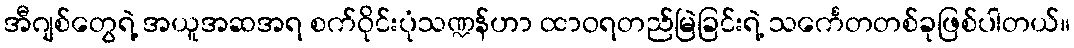
အီဂျစ်တွေရဲ့ အယူအဆအရ စက်ဝိုင်းပုံသဏ္ဍန်ဟာ ထာဝရတည်မြဲခြင်းရဲ့ သင်္ကေတတစ်ခုဖြစ်ပါတယ်။